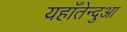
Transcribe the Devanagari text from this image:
यहाँतेन्दुआ